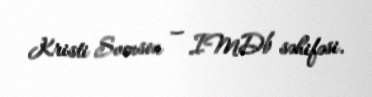
Kristi Svenson — IMDb səhifəsi.